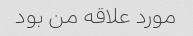
مورد علاقه من بود